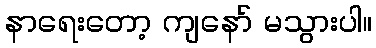
နာရေးတော့ ကျနော် မသွားပါ။